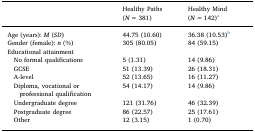
<table><thead><tr><td></td><td><b>Healthy Paths (<i>N</i> = 381)</b></td><td><b>Healthy Mind (<i>N</i> = 142)a</b></td></tr></thead><tbody><tr><td>Age (years): <i>M</i> (<i>SD</i>)</td><td>44.75 (10.60)</td><td>36.38 (10.53)b</td></tr><tr><td>Gender (female): <i>n</i> (%)</td><td>305 (80.05)</td><td>84 (59.15)</td></tr><tr><td>Educational attainment</td><td></td><td></td></tr><tr><td> No formal qualifications</td><td>5 (1.31)</td><td>14 (9.86)</td></tr><tr><td> GCSE</td><td>51 (13.39)</td><td>26 (18.31)</td></tr><tr><td> A-level</td><td>52 (13.65)</td><td>16 (11.27)</td></tr><tr><td> Diploma, vocational or professional qualification</td><td>54 (14.17)</td><td>14 (9.86)</td></tr><tr><td> Undergraduate degree</td><td>121 (31.76)</td><td>46 (32.39)</td></tr><tr><td> Postgraduate degree</td><td>86 (22.57)</td><td>25 (17.61)</td></tr><tr><td> Other</td><td>12 (3.15)</td><td>1 (0.70)</td></tr></tbody></table>